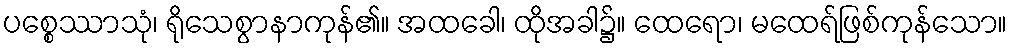
ပစ္စေဿာသုံ၊ ရိုသေစွာနာကုန်၏။ အထခေါ၊ ထိုအခါ၌။ ထေရော၊ မထေရ်ဖြစ်ကုန်သော။